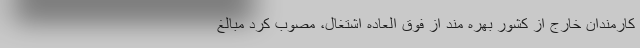
کارمندان خارج از کشور بهره مند از فوق العاده اشتغال، مصوب کرد مبالغ